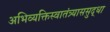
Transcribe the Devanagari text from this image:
अभिव्यक्तिस्वातंत्र्याससुद्धा